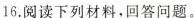
16.阅读下列材料，回答问题。